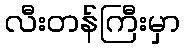
လီးတန်ကြီးမှာ